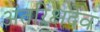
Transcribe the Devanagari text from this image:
अंतरिक्षदेव